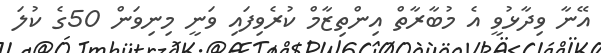
އޭނާ ވިދާޅުވީ އެ މުބާރާތް އިންތިޒާމް ކުރެވިފައި ވަނީ މިނިވަން 50ގެ ކުލަ